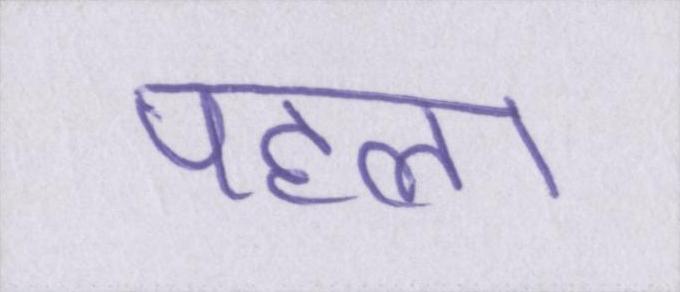
पहला